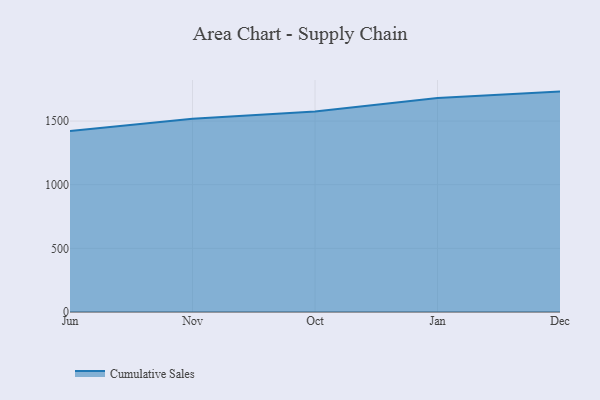
{"axis": {"x": "Month", "y": "Tickets Resolved"}, "legend": ["Cumulative Sales"], "data": [{"x": "Jun", "y": 1421.0, "type": "Cumulative Sales"}, {"x": "Nov", "y": 1518.8, "type": "Cumulative Sales"}, {"x": "Oct", "y": 1575.3, "type": "Cumulative Sales"}, {"x": "Jan", "y": 1681.7, "type": "Cumulative Sales"}, {"x": "Dec", "y": 1731.5, "type": "Cumulative Sales"}]}